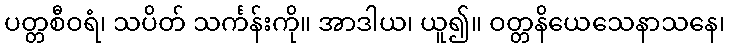
ပတ္တစီဝရံ၊ သပိတ် သင်္ကန်းကို။ အာဒါယ၊ ယူ၍။ ဝတ္တနိယေသေနာသနေ၊